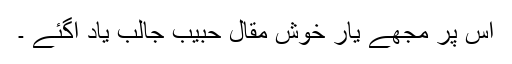
اس پر مجھے یارِ خوش مقال حبیب جالب یاد آگئے ۔